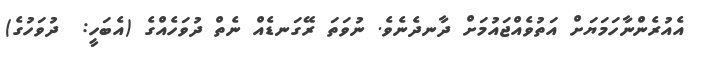
އެއުރެންނާހަމަޔަށް އަތުވެއްޖައުމަށް ދާނދެނެވެ. ނުވަތަ ރޭގަނޑެއް ނެތް ދުވަހެއްގެ (އެބަހީ:  ދުވަހުގެ)